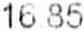
16.85